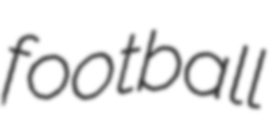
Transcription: football